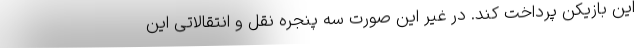
این بازیکن پرداخت کند. در غیر این صورت سه پنجره نقل و انتقالاتی‌ این